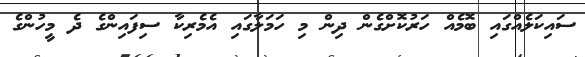
ސައިކަލެއްގައި ބޮމެއް ހަރުކޮށްގެން ދިން މި ހަމަލާގައި އެމެރިކާ ސިފައިންގެ ދެ މީހުންގެ